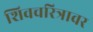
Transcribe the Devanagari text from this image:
शिवचरित्रावर